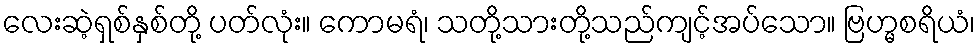
လေးဆဲ့ရှစ်နှစ်တို့ ပတ်လုံး။ ကောမရံ၊ သတို့သားတို့သည်ကျင့်အပ်သော။ ဗြဟ္မစရိယံ၊